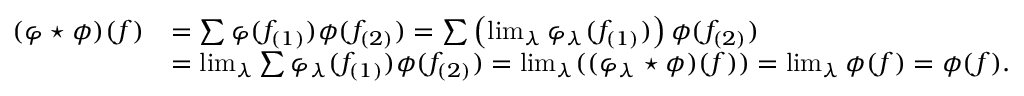
\begin{array} { r l } { ( \varphi \star \phi ) ( f ) } & { = \sum \varphi ( f _ { ( 1 ) } ) \phi ( f _ { ( 2 ) } ) = \sum \left( \operatorname* { l i m } _ { \lambda } \varphi _ { \lambda } ( f _ { ( 1 ) } ) \right) \phi ( f _ { ( 2 ) } ) } \\ & { = \operatorname* { l i m } _ { \lambda } \sum \varphi _ { \lambda } ( f _ { ( 1 ) } ) \phi ( f _ { ( 2 ) } ) = \operatorname* { l i m } _ { \lambda } ( ( \varphi _ { \lambda } \star \phi ) ( f ) ) = \operatorname* { l i m } _ { \lambda } \phi ( f ) = \phi ( f ) . } \end{array}